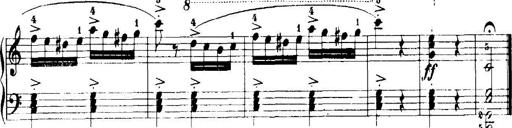
Title: 7 Sonatinas
Composer: Anton Diabelli